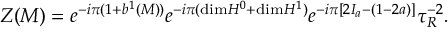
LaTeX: Z ( { \cal M } ) = e ^ { - i \pi ( 1 + b ^ { 1 } ( { \cal M } ) ) } e ^ { - i \pi ( \mathrm { d i m } H ^ { 0 } + \mathrm { d i m } H ^ { 1 } ) } e ^ { - i \pi [ 2 I _ { a } - ( 1 - 2 a ) ] } { \tau } _ { R } ^ { - 2 } .